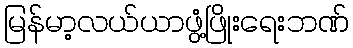
မြန်မာ့လယ်ယာဖွံ့ဖြိုးရေးဘဏ်